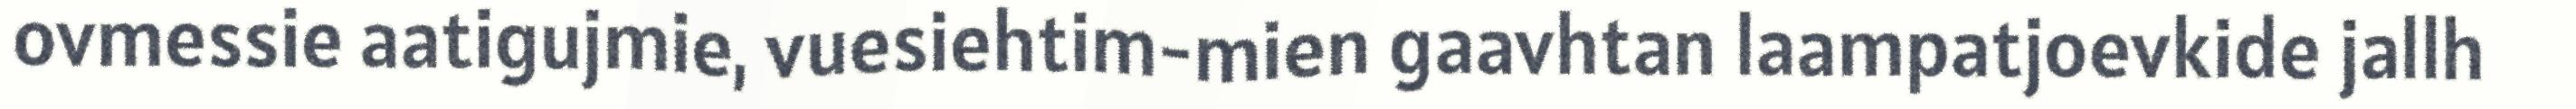
ovmessie aatigujmie, vuesiehtim-mien gaavhtan laampatjoevkide jallh